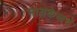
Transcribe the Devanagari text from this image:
मायकेलचे